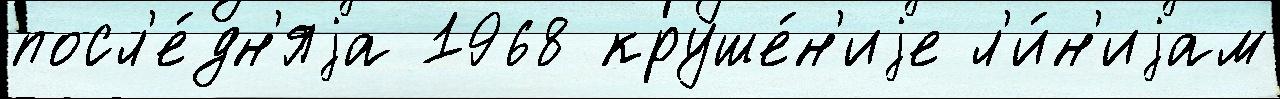
посл'е́дн'яjа 1968 круше́н'иjе л'и́н'иjам